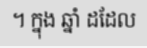
។ ក្នុង ឆ្នាំ ដដែល